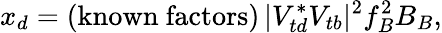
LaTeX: x_{d}=(\mathrm{known~factors})\, |V_{td}^{*}V_{tb}|^{2}f_{B}^{2}B_{B},